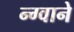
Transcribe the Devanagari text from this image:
न्ग्वाने